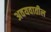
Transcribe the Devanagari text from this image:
अवयवातील